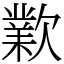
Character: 㱉